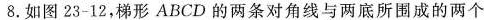
8. 如图 23-12，梯形 ABCD 的两条对角线与两底所围成的两个